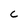
Character: C